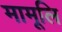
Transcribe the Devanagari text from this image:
मामूलि